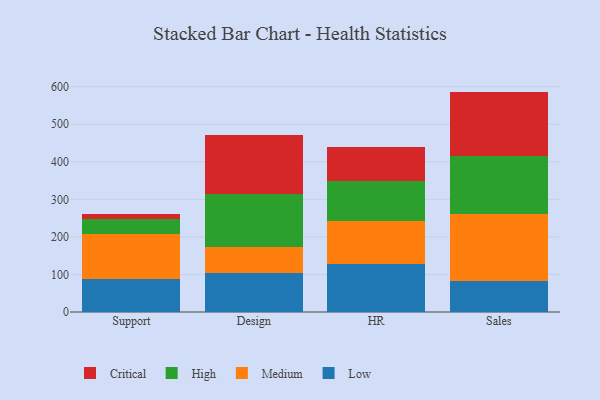
{"axis": {"x": "Department", "y": "Churn Rate (%)"}, "legend": ["Critical", "High", "Low", "Medium"], "data": [{"x": "Support", "y": 87.1, "type": "Low"}, {"x": "Support", "y": 120.7, "type": "Medium"}, {"x": "Support", "y": 38.9, "type": "High"}, {"x": "Support", "y": 13.9, "type": "Critical"}, {"x": "Design", "y": 103.5, "type": "Low"}, {"x": "Design", "y": 70.8, "type": "Medium"}, {"x": "Design", "y": 141.3, "type": "High"}, {"x": "Design", "y": 156.1, "type": "Critical"}, {"x": "HR", "y": 127.7, "type": "Low"}, {"x": "HR", "y": 113.9, "type": "Medium"}, {"x": "HR", "y": 107.0, "type": "High"}, {"x": "HR", "y": 92.0, "type": "Critical"}, {"x": "Sales", "y": 83.4, "type": "Low"}, {"x": "Sales", "y": 178.3, "type": "Medium"}, {"x": "Sales", "y": 154.2, "type": "High"}, {"x": "Sales", "y": 171.1, "type": "Critical"}]}